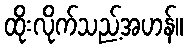
ထိုးလိုက်သည့်အဟန်။